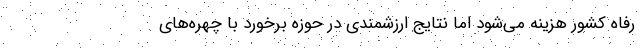
رفاه کشور هزینه می‌شود اما نتایج ارزشمندی در حوزه برخورد با چهره‌های